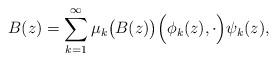
LaTeX: \begin{align*} B(z) = \sum_{k=1}^\infty \mu_k \bigl(B(z)\bigr) \Bigl(\phi_k (z) , \cdot \Bigr)\psi_k (z), \end{align*}